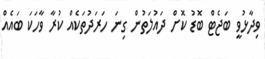
ވިދާޅުވީ ބަޖެޓް ބޮޑު ކޮށް ދައުލަތުން ގިނަ ހަރަދުތަކެއް ކުރާ ވާހަކަ ބައެއް